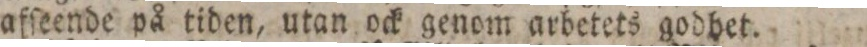
afſeende på tiden, utan ock genom arbetets godhet.